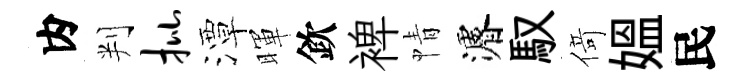
内判批潭暉欽裨情濬馭𠋣媪民